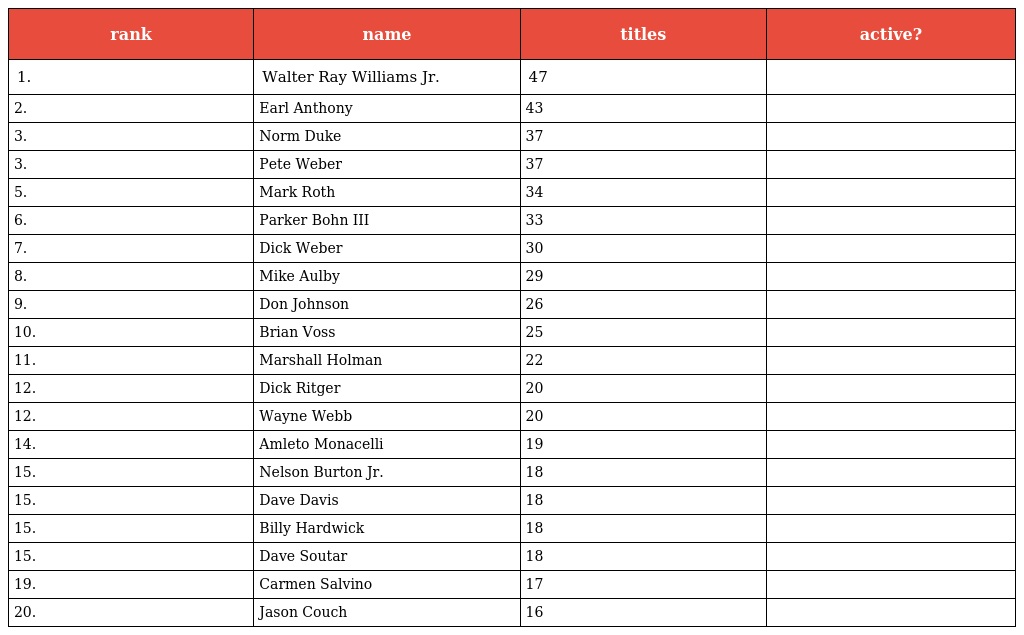
| rank | name | titles | active? |
 | --- | --- | --- | --- |
 | 1. | Walter Ray Williams Jr. | 47 |  |
 | 2. | Earl Anthony | 43 |  |
 | 3. | Norm Duke | 37 |  |
 | 3. | Pete Weber | 37 |  |
 | 5. | Mark Roth | 34 |  |
 | 6. | Parker Bohn III | 33 |  |
 | 7. | Dick Weber | 30 |  |
 | 8. | Mike Aulby | 29 |  |
 | 9. | Don Johnson | 26 |  |
 | 10. | Brian Voss | 25 |  |
 | 11. | Marshall Holman | 22 |  |
 | 12. | Dick Ritger | 20 |  |
 | 12. | Wayne Webb | 20 |  |
 | 14. | Amleto Monacelli | 19 |  |
 | 15. | Nelson Burton Jr. | 18 |  |
 | 15. | Dave Davis | 18 |  |
 | 15. | Billy Hardwick | 18 |  |
 | 15. | Dave Soutar | 18 |  |
 | 19. | Carmen Salvino | 17 |  |
 | 20. | Jason Couch | 16 |  |